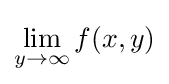
\lim _{y\to \infty }f(x,y)